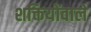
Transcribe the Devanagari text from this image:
शक्तियोंवाले